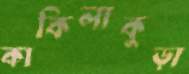
কাকিলাকুড়া